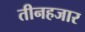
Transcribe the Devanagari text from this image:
तीनहजार